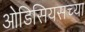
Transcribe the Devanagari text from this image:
ओडिसियसच्या